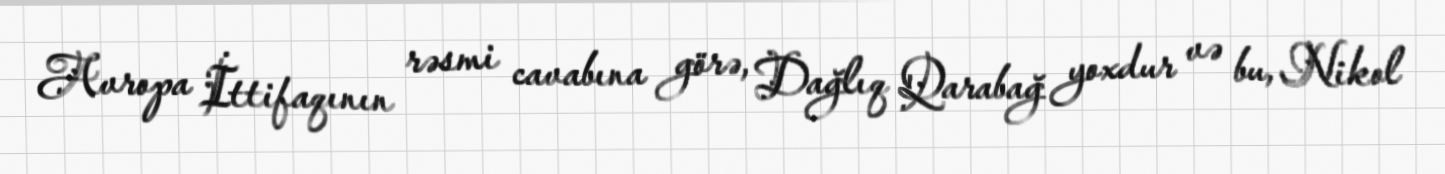
Avropa İttifaqının rəsmi cavabına görə, Dağlıq Qarabağ yoxdur və bu, Nikol